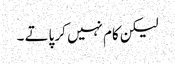
لیکن کام نہیں کر پاتے ۔